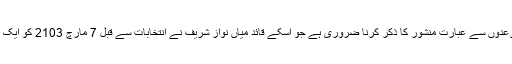
اس حوالے سے اس جماعت کے ان وعدوں سے عبارت منشور کا ذکر کرنا ضروری ہے جو اسکے قائد میاں نواز شریف نے انتخابات سے قبل 7 مارچ 2103 کو ایک پرہجوم پریس کانفرنس میں پیش کیا۔